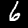
Label: 6